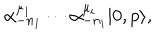
LaTeX: \alpha _ { - n _ { 1 } } ^ { \mu _ { 1 } } \cdots \alpha _ { - n _ { i } } ^ { \mu _ { i } } | 0 , p \rangle ,